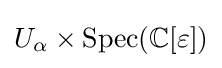
U_{\alpha }\times {\text{Spec}}(\mathbb {C} [\varepsilon ])